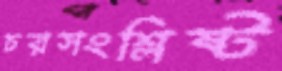
চরসংশ্লিষ্ট